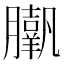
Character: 𦢗